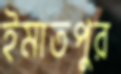
ইমাতপুর